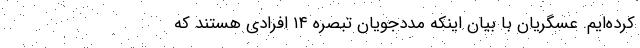
کرده‌ایم. عسگریان با بیان اینکه مددجویان تبصره ۱۴ افرادی هستند که